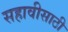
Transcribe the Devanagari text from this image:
सहावीसाठी